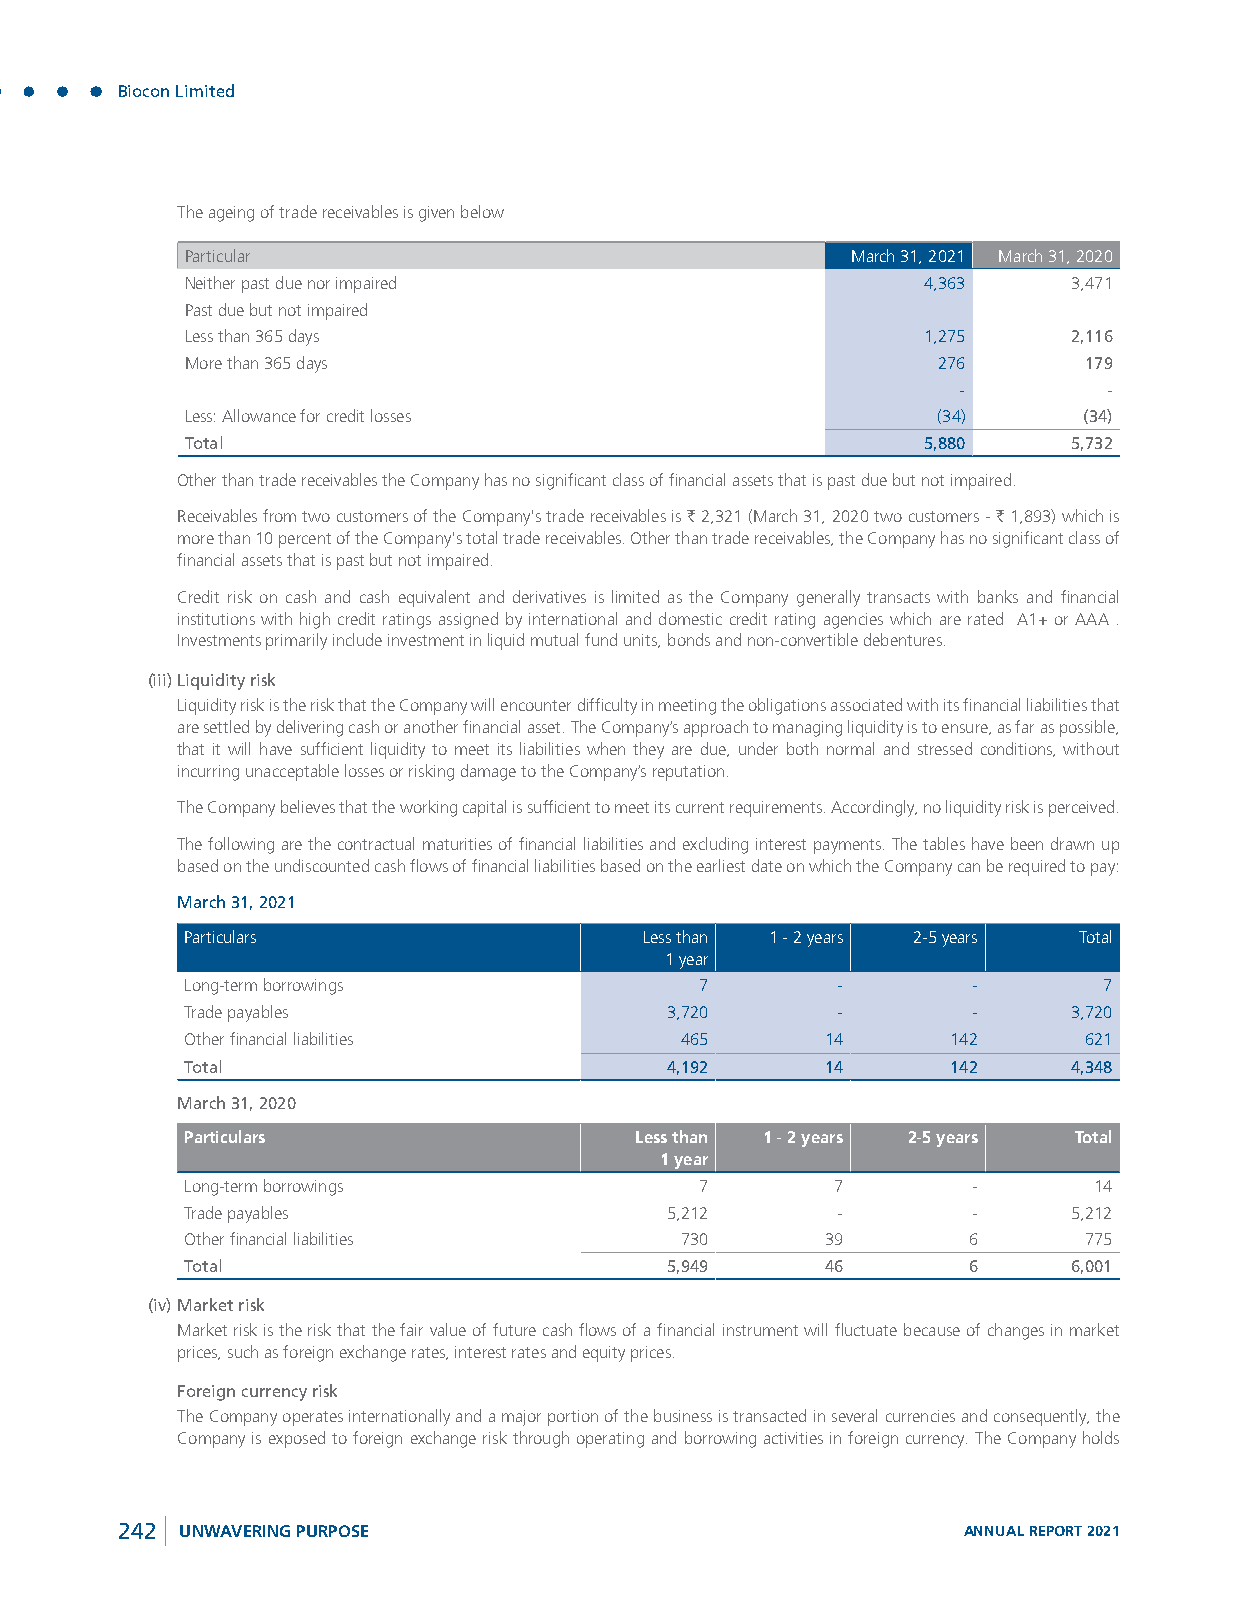
Biocon Limited
 The ageing of trade receivables is given below
 Particular                                  March 31, 2021 March 31, 2020
 Neither past due nor impaired                    4,363     3,471
 Past due but not impaired
 Less than 365 days                               1,275     2,116
 More than 365 days                                276       179
 -        -
 Less: Allowance for credit losses                 (34)      (34)
 Total                                            5,880     5,732
 Other than trade receivables the Company has no significant class of financial assets that is past due but not impaired.
 Receivables from two customers of the Company's trade receivables is ` 2,321 (March 31, 2020 two customers - ` 1,893) which is
 more than 10 percent of the Company's total trade receivables. Other than trade receivables, the Company has no significant class of
 financial assets that is past but not impaired.
 Credit risk on cash and cash equivalent and derivatives is limited as the Company generally transacts with banks and financial
 institutions with high credit ratings assigned by international and domestic credit rating agencies which are rated A1+ or AAA .
 Investments primarily include investment in liquid mutual fund units, bonds and non-convertible debentures.
 (iii) Liquidity risk
 Liquidity risk is the risk that the Company will encounter difficulty in meeting the obligations associated with its financial liabilities that
 are settled by delivering cash or another financial asset. The Company’s approach to managing liquidity is to ensure, as far as possible,
 that it will have sufficient liquidity to meet its liabilities when they are due, under both normal and stressed conditions, without
 incurring unacceptable losses or risking damage to the Company’s reputation.
 The Company believes that the working capital is sufficient to meet its current requirements. Accordingly, no liquidity risk is perceived.
 The following are the contractual maturities of financial liabilities and excluding interest payments. The tables have been drawn up
 based on the undiscounted cash flows of financial liabilities based on the earliest date on which the Company can be required to pay:
 March 31, 2021
 Particulars                    Less than 1 - 2 years 2-5 years Total
 1 year
 Long-term borrowings              7        -        -        7
 Trade payables                  3,720      -        -      3,720
 Other financial liabilities      465       14      142      621
 Total                           4,192      14      142     4,348
 March 31, 2020
 Particulars                   Less than 1 - 2 years 2-5 years Total
 1 year
 Long-term borrowings              7        7        -       14
 Trade payables                  5,212      -        -      5,212
 Other financial liabilities      730       39       6       775
 Total                           5,949      46       6      6,001
 (iv) Market risk
 Market risk is the risk that the fair value of future cash flows of a financial instrument will fluctuate because of changes in market
 prices, such as foreign exchange rates, interest rates and equity prices.
 Foreign currency risk
 The Company operates internationally and a major portion of the business is transacted in several currencies and consequently, the
 Company is exposed to foreign exchange risk through operating and borrowing activities in foreign currency. The Company holds
 242 UNWAVERING PURPOSE                                  ANNUAL REPORT 2021